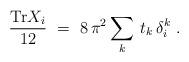
LaTeX: \begin{align*}\frac{\mbox{Tr} X_i}{12}\ =\ 8\, \pi^2 \sum_k\: t_k\, \delta^k_i\ .\end{align*}